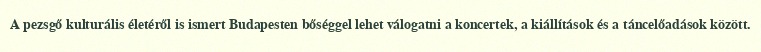
A pezsgő kulturális életéről is ismert Budapesten bőséggel lehet válogatni a koncertek, a kiállítások és a táncelőadások között.